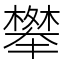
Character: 𭬑